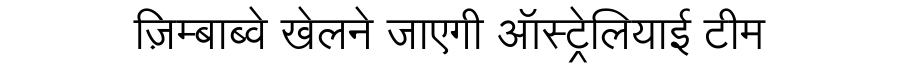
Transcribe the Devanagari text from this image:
ज़िम्बाब्वे खेलने जाएगी ऑस्ट्रेलियाई टीम